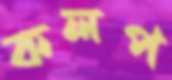
কলপ